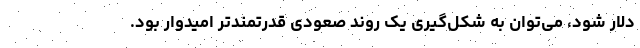
دلار شود، می‌توان به شکل‌گیری یک روند صعودی قدرتمندتر امیدوار بود.